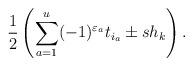
LaTeX: \begin{gather*}{1\over 2}\left(\sum_{a=1}^u (-1)^{\varepsilon_a}t_{i_a}\pm sh_k\right).\end{gather*}